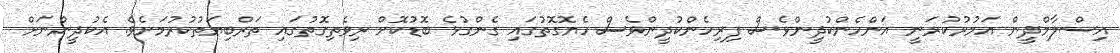
އިސްލާމްދީން އަމުރުކުރަނީ އަންހެންކުދީންވެސް ފިރިހެންކުދީންވެސް ހެޔޮގޮތުގައި ގެންގުޅެ ބޮޑުކޮށް ރިވެތިގޮތުގައި ތަރްބިޔަތުކުރުމަށެވެ. އެކުދީންނަށް